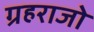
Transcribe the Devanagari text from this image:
ग्रहराजो